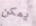
يمكن